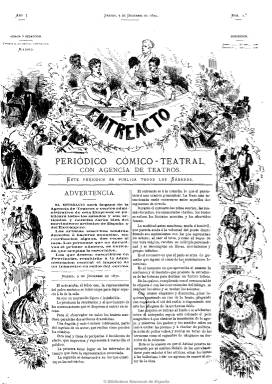
Título: El Entreacto (Madrid. 1870)
Colección: Teatro
Ámbito geográfico: Madrid
Lugar de publicación: Madrid
Fechas: 03/12/1870-29/07/1871

Subtitulado como “periódico cómico-teatral con agencia de teatros” es el semanario cuya dirección ostentó el poeta Gustavo Adolfo Bécquer (1836-1870) pocos días antes de fallecer, y en cuyo primer número, de tres de diciembre, publicó como folletín su último trabajo, “Una tragedia y un ángel”, que no llegó a terminar, al caer enfermo siete días después y fallecer el 20 de ese mes. La noticia de su muerte la dará este periódico en su número cuatro. Era el órgano de la Agencia de Teatros, centro administrativo de obras dramáticas y literarias y de contratación de actores y artistas. Su cabecera está bellamente orlada con dibujos alusivos al arte de la representación que envuelve también todo el contenido de la primera página. Incluye artículos y noticias del movimiento artístico de España, sus provincias y del extranjero, incluida América. Asimismo, publica una galería de artistas, una especie de apuntes biográficos, acompañados de grabados (retratos y caricaturas), crónicas y revistas teatrales, tanto de provincias como del extranjero, y de los de Madrid, principalmente del Teatro Nacional de la Ópera, así como un folletín y anuncios al final de su última página. Publicó textos tanto en prosa como en verso. Dedicó especial interés a la música, especialmente a ópera y zarzuela, y publicó una serie de artículos sobre la música en diferentes países (Japón, Persia, China, Patagonia, etc.). Pudo ser fundado por Vicente Cuenca Lucherini, y colaboraron en sus páginas Manuel de Palacio y Antonio San Martín, entre otros. En números de cuatro páginas, editó hasta un total de 35 durante la temporada teatral de 1870-1871, y el 20 de julio de este año anuncia su suspensión y la mejora de su edición para la nueva temporada teatral, sin que volviera de nuevo a imprimirse. Durante su publicación había absorbido a la revista El teatro, en febrero de 1871.